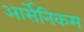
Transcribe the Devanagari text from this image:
आर्सेनिकम